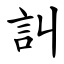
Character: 訆